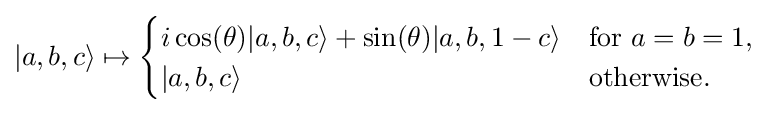
|a,b,c\rangle \mapsto {\begin{cases}i\cos(\theta )|a,b,c\rangle +\sin(\theta )|a,b,1-c\rangle &{\text{for}}\ a=b=1,\\|a,b,c\rangle &{\text{otherwise}}.\end{cases}}